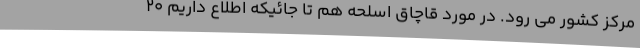
مرکز کشور می رود. در مورد قاچاق اسلحه هم تا جائیکه اطلاع داریم 20